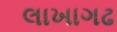
લાખાગઢ